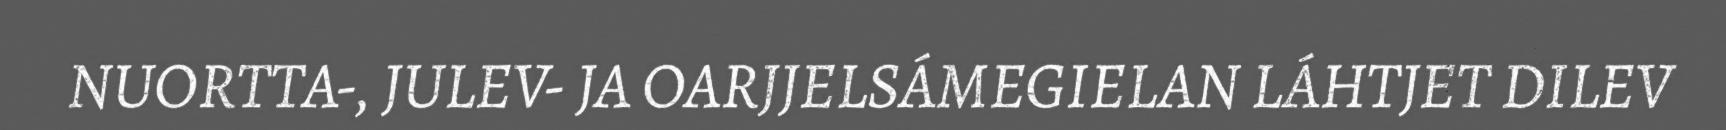
NUORTTA-, JULEV- JA OARJJELSÁMEGIELAN LÁHTJET DILEV